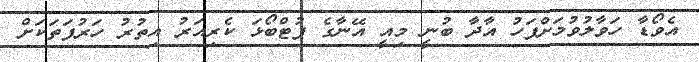
އެވޯޑާ ހަވާލުވުމަށްފަހު އާދާ ބުނީ މިއީ އޭނާގެ ފުޓްބޯޅަ ކެރިއަރު އިތުރު ހަރުފަތަކަށް